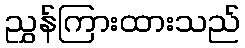
ညွှန်ကြားထားသည်